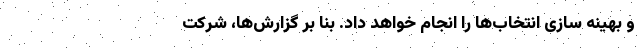
و بهینه سازی انتخاب‌ها را انجام خواهد داد. بنا بر گزارش‌ها، شرکت